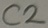
Text: C2